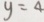
y = 4